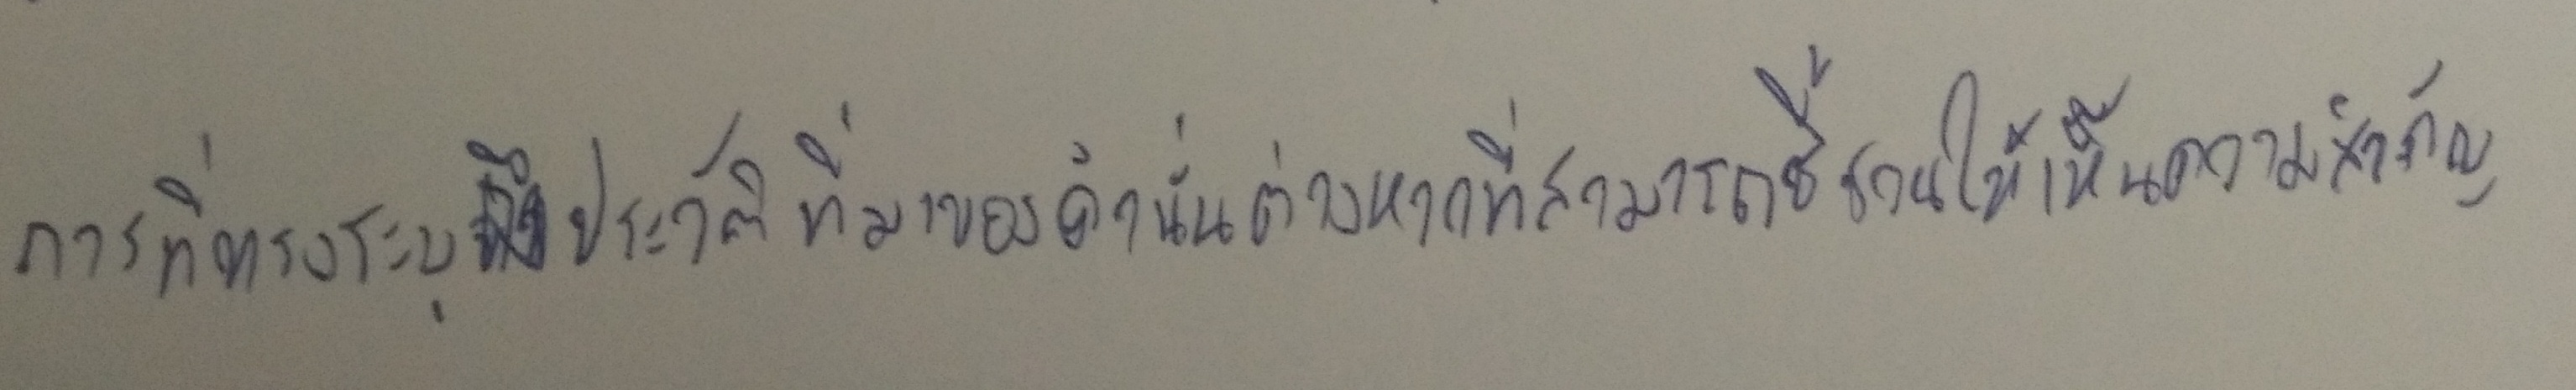
การที่ทรงระบุถึงประวัติที่มาของคำนั่นต่างหากที่สามารถชี้ชวนให้เห็นความสำคัญ